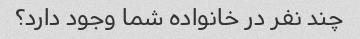
چند نفر در خانواده شما وجود دارد؟